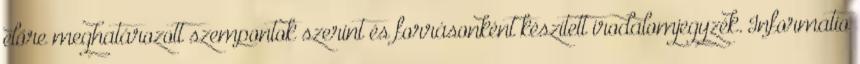
előre meghatározott szempontok szerint és forrásonként készített irodalomjegyzék. Informatio